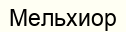
Мельхиор